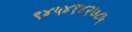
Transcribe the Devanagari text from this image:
९४५४१४२७८५